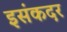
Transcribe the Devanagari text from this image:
इसंकदर